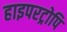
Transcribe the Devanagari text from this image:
हाइपरट्रोपि